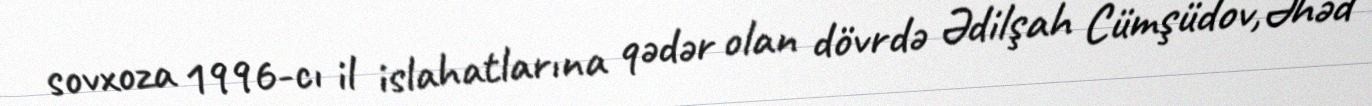
sovxoza 1996-cı il islahatlarına qədər olan dövrdə Ədilşah Cümşüdov,Əhəd